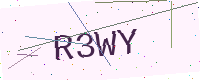
Text: R3WY